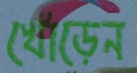
খোঁড়েন